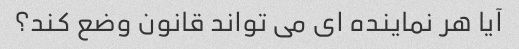
آیا هر نماینده ای می تواند قانون وضع کند؟